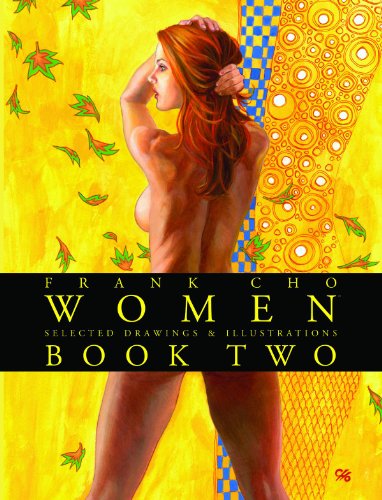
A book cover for Frank Cho: Women - Drawings & Illustrations Volume 2 TP; Frank Cho; Comics & Graphic Novels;